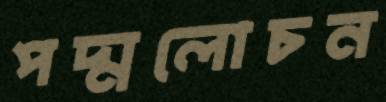
পদ্মলোচন